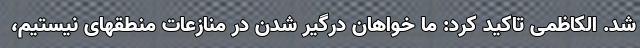
شد. الکاظمی تاکید کرد: ما خواهان درگیر شدن در منازعات منطقهای نیستیم،